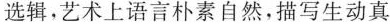
选辑。艺术上语言朴素自然，描写生动真